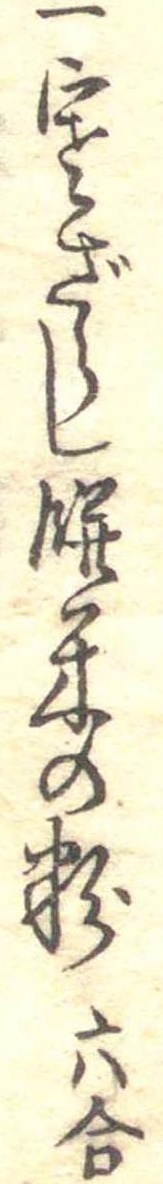
一寒ざらし餅米の粉六合